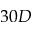
3 0 D